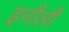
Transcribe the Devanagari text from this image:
इनौली